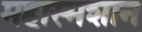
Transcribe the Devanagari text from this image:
महास्मशान